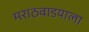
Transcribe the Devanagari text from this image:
मराठवाडयाला